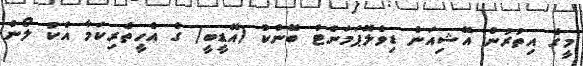
މީގެ އިތުރުން އޭޝިއަން ޑިވެލޮޕަމަންޓް ބޭންކް (އޭޑީބީ) ގެ އެހީތެރިކަމާ އެކު ލޯން